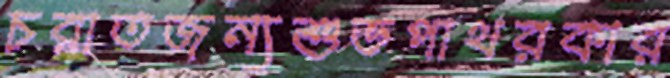
চরাতজন্যশুভপাথরকার